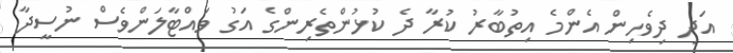
އަދި ދިވެހިން އެންމެ އިތުބާރު ކުރާ ދެ ކުޅުންތެރިންގެ އަގު ވައްޓާލަންވެސް ނުސީދާ